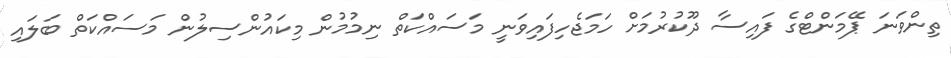
ތިންވަނަ ޕޭމަންޓްގެ ފައިސާ ދޫކުރުމަށް ހަމަޖެހިފައިވަނީ މަސައްކަތް ނިމުމުން މިކައުންސިލުން މަސައްކަތް ބަލައި